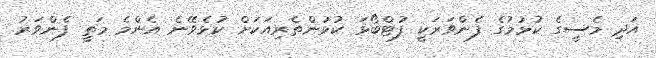
އަދި މެސީގެ ކުޅުމުގެ ފެންވަރަކީ ފުޓްބޯޅަ ކުޅުންތެރިއަކަށް ކުޅެވޭނެ އެންމެ މަތީ ފެންވަރު.